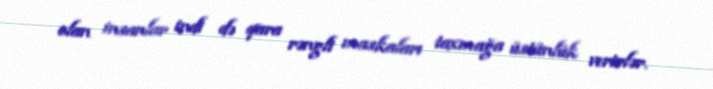
olan insanlar indi də qara rəngli maskaları taxmağa üstünlük verirlər.